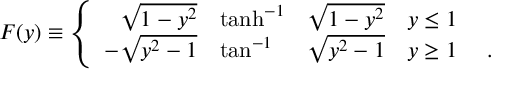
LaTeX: F ( y ) \equiv \left\{ \begin{array} { r l l l c } { { { \sqrt { 1 - y ^ { 2 } } } } } & { { \operatorname { t a n h } ^ { - 1 } } } & { { \sqrt { 1 - y ^ { 2 } } } } & { { y \leq 1 } } \\ { { { - \sqrt { y ^ { 2 } - 1 } } } } & { { \tan ^ { - 1 } } } & { { \sqrt { y ^ { 2 } - 1 } } } & { { y \geq 1 } } & { { ~ . } } \end{array} \right.